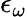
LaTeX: \epsilon_{\omega}